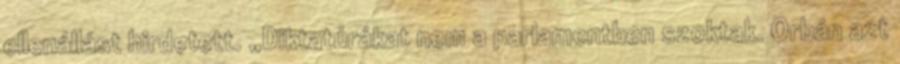
ellenállást hirdetett. „Diktatúrákat nem a parlamentben szoktak. Orbán azt